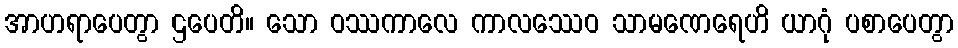
အာဟရာပေတွာ ဌပေတိ။ သော ဝဿကာလေ ကာလဿေဝ သာမဏေရေဟိ ယာဂုံ ပစာပေတွာ